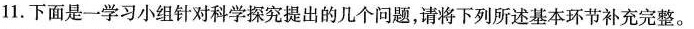
11.下面是一学习小组针对科学探究提出的几个问题，请将下列所述基本环节补充完整。